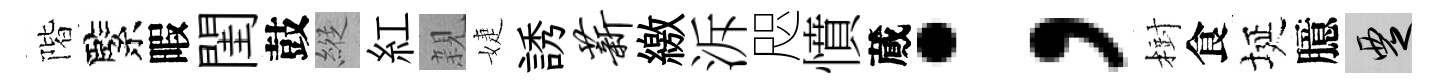
階緊暇閨鼓縱紅親婕誘薪繳泝咫憤蕆；𣗳食埏臆覂